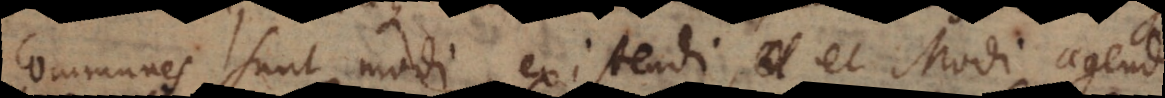
communes sunt modi existendi, et Am Ran